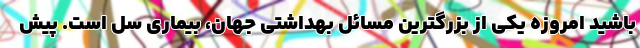
باشید امروزه یکی از بزرگترین مسائل بهداشتی جهان، بیماری سل است. پیش